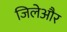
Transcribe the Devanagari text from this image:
जिलेऔर